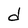
Character: d